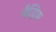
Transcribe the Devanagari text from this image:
बैद्धिक